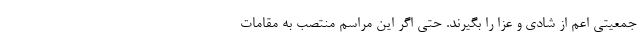
جمعیتی اعم از شادی و عزا را بگیرند. حتی اگر این مراسم منتصب به مقامات